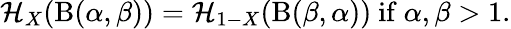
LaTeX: \mathcal{H}_{X}(\mathrm{{B}}(\alpha,\beta))=\mathcal{H}_{1-X}(\mathrm{{B}}(\beta,\alpha)){\mathrm{{~if~}}}\alpha,\beta>1.